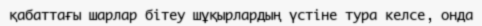
қабаттағы шарлар бітеу шұқырлардың үстіне тура келсе, онда